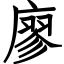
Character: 廖